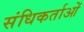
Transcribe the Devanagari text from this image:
संधिकर्ताओं